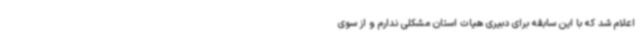
اعلام شد که با این سابقه برای دبیری هیات استان مشکلی ندارم و از سوی